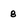
Character: 8